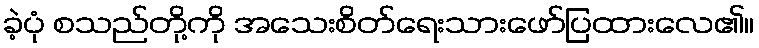
ခဲ့ပုံ စသည်တို့ကို အသေးစိတ်ရေးသားဖော်ပြထားလေ၏။